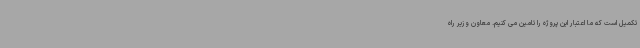
تکمیل است که ما اعتبار این پروژه را تامین می کنیم. معاون وزیر راه